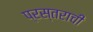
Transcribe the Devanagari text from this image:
प्रस्तराची